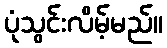
ပုံသွင်းလိမ့်မည်။